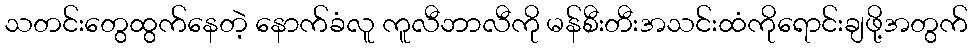
သတင်းတွေထွက်နေတဲ့ နောက်ခံလူ ကူလီဘာလီကို မန်စီးတီးအသင်းထံကိုရောင်းချဖို့အတွက်